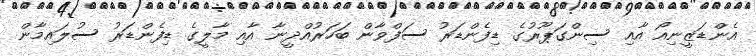
އެންޑަޒީނިއޯ އާއި ސިންގަޕޫރުގެ ޑިފެންޑަރު ސަފްވާން ބަހަރުއްދީނާ އާއި މާލީގެ ޑިފެންޑަރު ސުލައިމާން